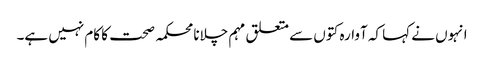
انہوں نے کہا کہ آوارہ کتوں سے متعلق مہم چلانا محکمہ صحت کا کام نہیں ہے۔